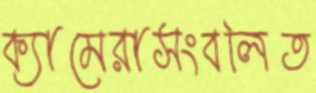
ক্যামেরাসংবলিত